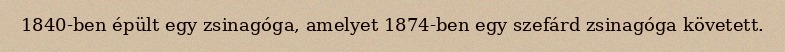
1840-ben épült egy zsinagóga, amelyet 1874-ben egy szefárd zsinagóga követett.